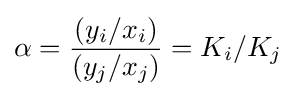
\alpha ={\frac {(y_{i}/x_{i})}{(y_{j}/x_{j})}}=K_{i}/K_{j}